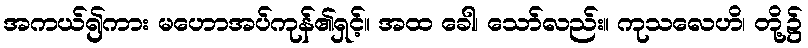
အကယ်၍ကား မဟောအပ်ကုန်၏ရှင့်။ အထ ခေါ၊ သော်လည်း။ ကုသလေဟိ၊ တို့၌